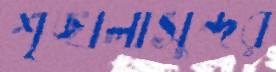
শৃঙ্খলাসুন্দর